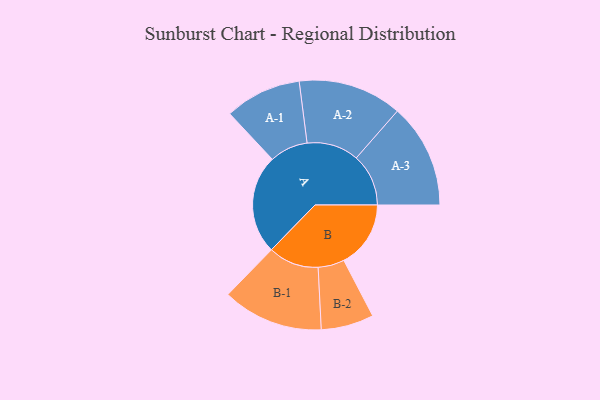
{"axis": {"x": "Segment", "y": "Value"}, "legend": ["", "A", "B"], "data": [{"x": "A", "y": 399, "type": ""}, {"x": "B", "y": 269, "type": ""}, {"x": "A-1", "y": 154, "type": "A"}, {"x": "A-2", "y": 209, "type": "A"}, {"x": "A-3", "y": 210, "type": "A"}, {"x": "B-1", "y": 203, "type": "B"}, {"x": "B-2", "y": 106, "type": "B"}]}